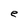
Character: e